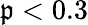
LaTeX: \mathfrak{p}<0.3